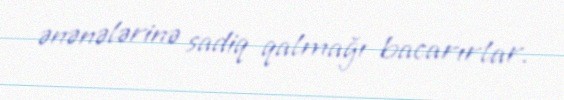
ənənələrinə sadiq qalmağı bacarırlar.